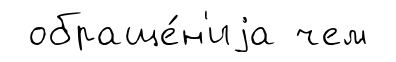
обраще́н'иjа чем